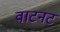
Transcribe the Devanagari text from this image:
वाटनट